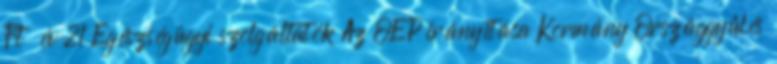
Ft év 21 Egészségügyi szolgáltatók Az OEP irányítása Kormány Országgyűlés